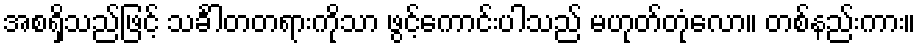
အစရှိသည်ဖြင့် သင်္ခါတတရားကိုသာ ဖွင့်ကောင်းပါသည် မဟုတ်တုံလော။ တစ်နည်းကား။